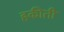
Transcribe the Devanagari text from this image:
हकीती